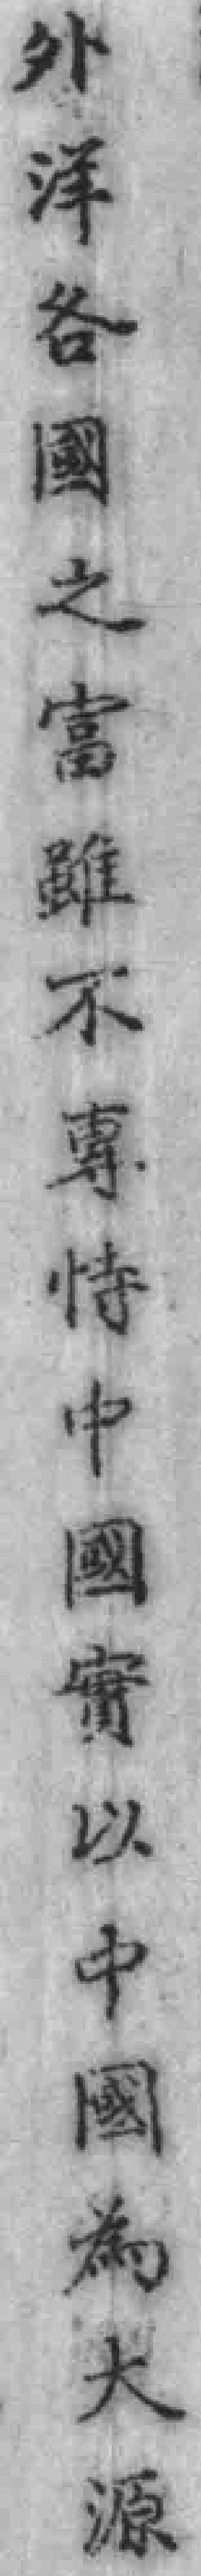
外洋各國之富不專恃中國實以中國為大源